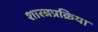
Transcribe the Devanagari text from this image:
शास्त्रप्रक्रिया